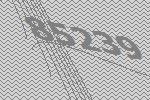
85239